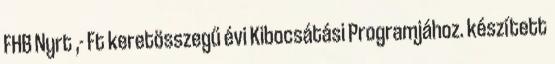
FHB Nyrt ,- Ft keretösszegű évi Kibocsátási Programjához. készített